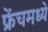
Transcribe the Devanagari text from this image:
फ्रेंचमध्ये